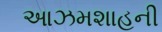
આઝમશાહની